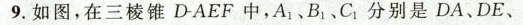
9. 如图，在三棱锥 D-AEF 中，A1、B1、C1 分别是 DA、DE、